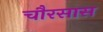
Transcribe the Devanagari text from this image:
चौरसास